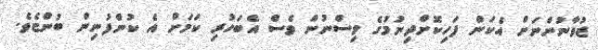
ޒުވާނުންނަށް އެކަން ފަހިކޮށްދިނުމުގެ ވިސްނުން ވެސް އެބަހުރި ކަމަށް އެ ކުންފުނިން ބުންޏެވެ.